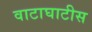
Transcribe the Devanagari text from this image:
वाटाघाटीस